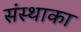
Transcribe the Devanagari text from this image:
संस्‍थाका